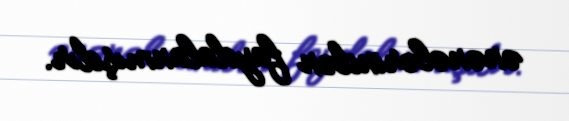
ənənələrindən faydalanmışdır.